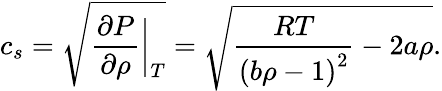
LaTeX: c_{s}=\sqrt{\frac{\partial P}{\partial\rho}\bigg|_{T}}=\sqrt{\frac{RT}{{(b\rho-1)}^{2}}-2a\rho}.